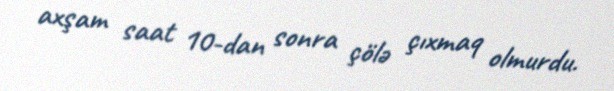
axşam saat 10-dan sonra çölə çıxmaq olmurdu.